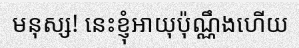
មនុស្ស! នេះខ្ញុំអាយុប៉ុណ្ណឹងហើយ